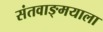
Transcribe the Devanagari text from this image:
संतवाङ्मयाला